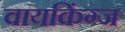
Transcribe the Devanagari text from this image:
वायकिंग्ज